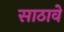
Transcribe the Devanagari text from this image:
साठावे